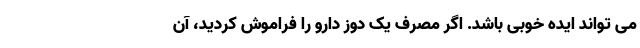
می تواند ایده خوبی باشد. اگر مصرف یک دوز دارو را فراموش کردید، آن